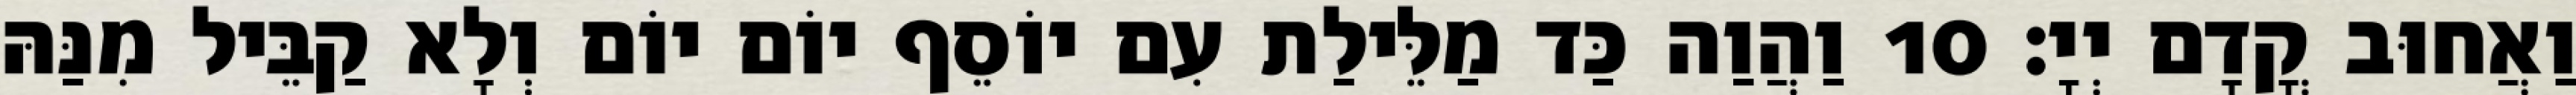
וַאֲחוּב קֳדָם יְיָ׃ 10 וַהֲוַה כַּד מַלֵּילַת עִם יוֹסֵף יוֹם יוֹם וְלָא קַבֵּיל מִנַּהּ